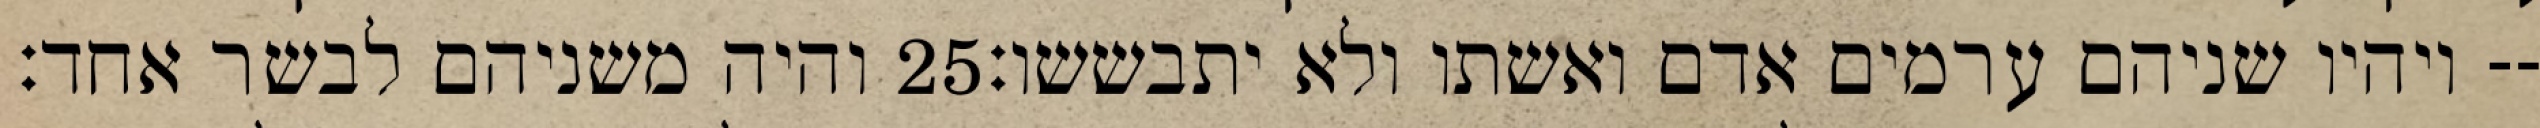
והיה משניהם לבשר אחד׃ ‎25‏ ויהיו שניהם ערמים אדם ואשתו ולא יתבששו׃--